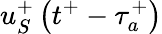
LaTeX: u_{S}^{+}\left(t^{+}-\tau_{a}^{+}\right)